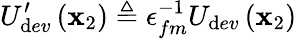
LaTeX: U_{\mathrm{d}ev}^{\prime}\left(\mathbf{x}_{2}\right)\triangleq\epsilon_{fm}^{-1}U_{\mathrm{d}ev}\left(\mathbf{x}_{2}\right)